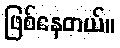
ဖြစ်နေတယ်။